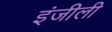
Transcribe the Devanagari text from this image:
इंजीली